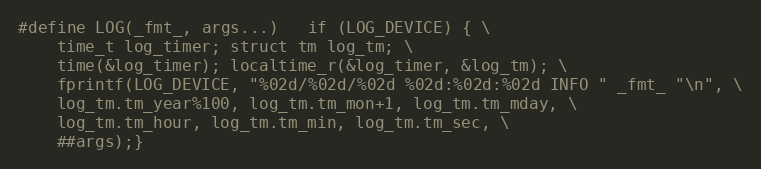
Language: C
#define LOG(_fmt_, args...)   if (LOG_DEVICE) { \
    time_t log_timer; struct tm log_tm; \
    time(&log_timer); localtime_r(&log_timer, &log_tm); \
    fprintf(LOG_DEVICE, "%02d/%02d/%02d %02d:%02d:%02d INFO " _fmt_ "\n", \
    log_tm.tm_year%100, log_tm.tm_mon+1, log_tm.tm_mday, \
    log_tm.tm_hour, log_tm.tm_min, log_tm.tm_sec, \
    ##args);}